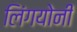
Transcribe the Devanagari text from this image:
लिंगयोनी